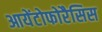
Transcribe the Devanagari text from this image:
आयेंटोफोरैसिस